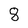
Character: 8